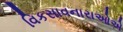
વિકસાવનારાઓએ